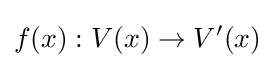
f(x):V(x)\to V'(x)